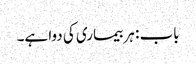
باب : ہر بیماری کی دوا ہے۔